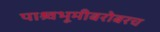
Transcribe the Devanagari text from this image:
पाश्र्वभूमीबरोबरच